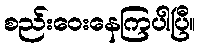
စည်းဝေးနေကြပါပြီ။